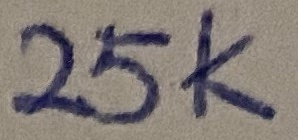
Text: 25K